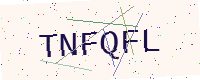
Text: TNFQFL